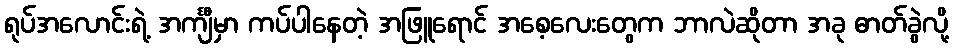
ရုပ်အလောင်းရဲ့ အင်္ကျီမှာ ကပ်ပါနေတဲ့ အဖြူရောင် အစေ့လေးတွေက ဘာလဲဆိုတာ အခု ဓာတ်ခွဲလို့